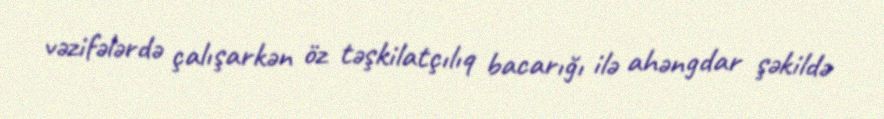
vəzifələrdə çalışarkən öz təşkilatçılıq bacarığı ilə ahəngdar şəkildə